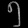
Digit: ၅